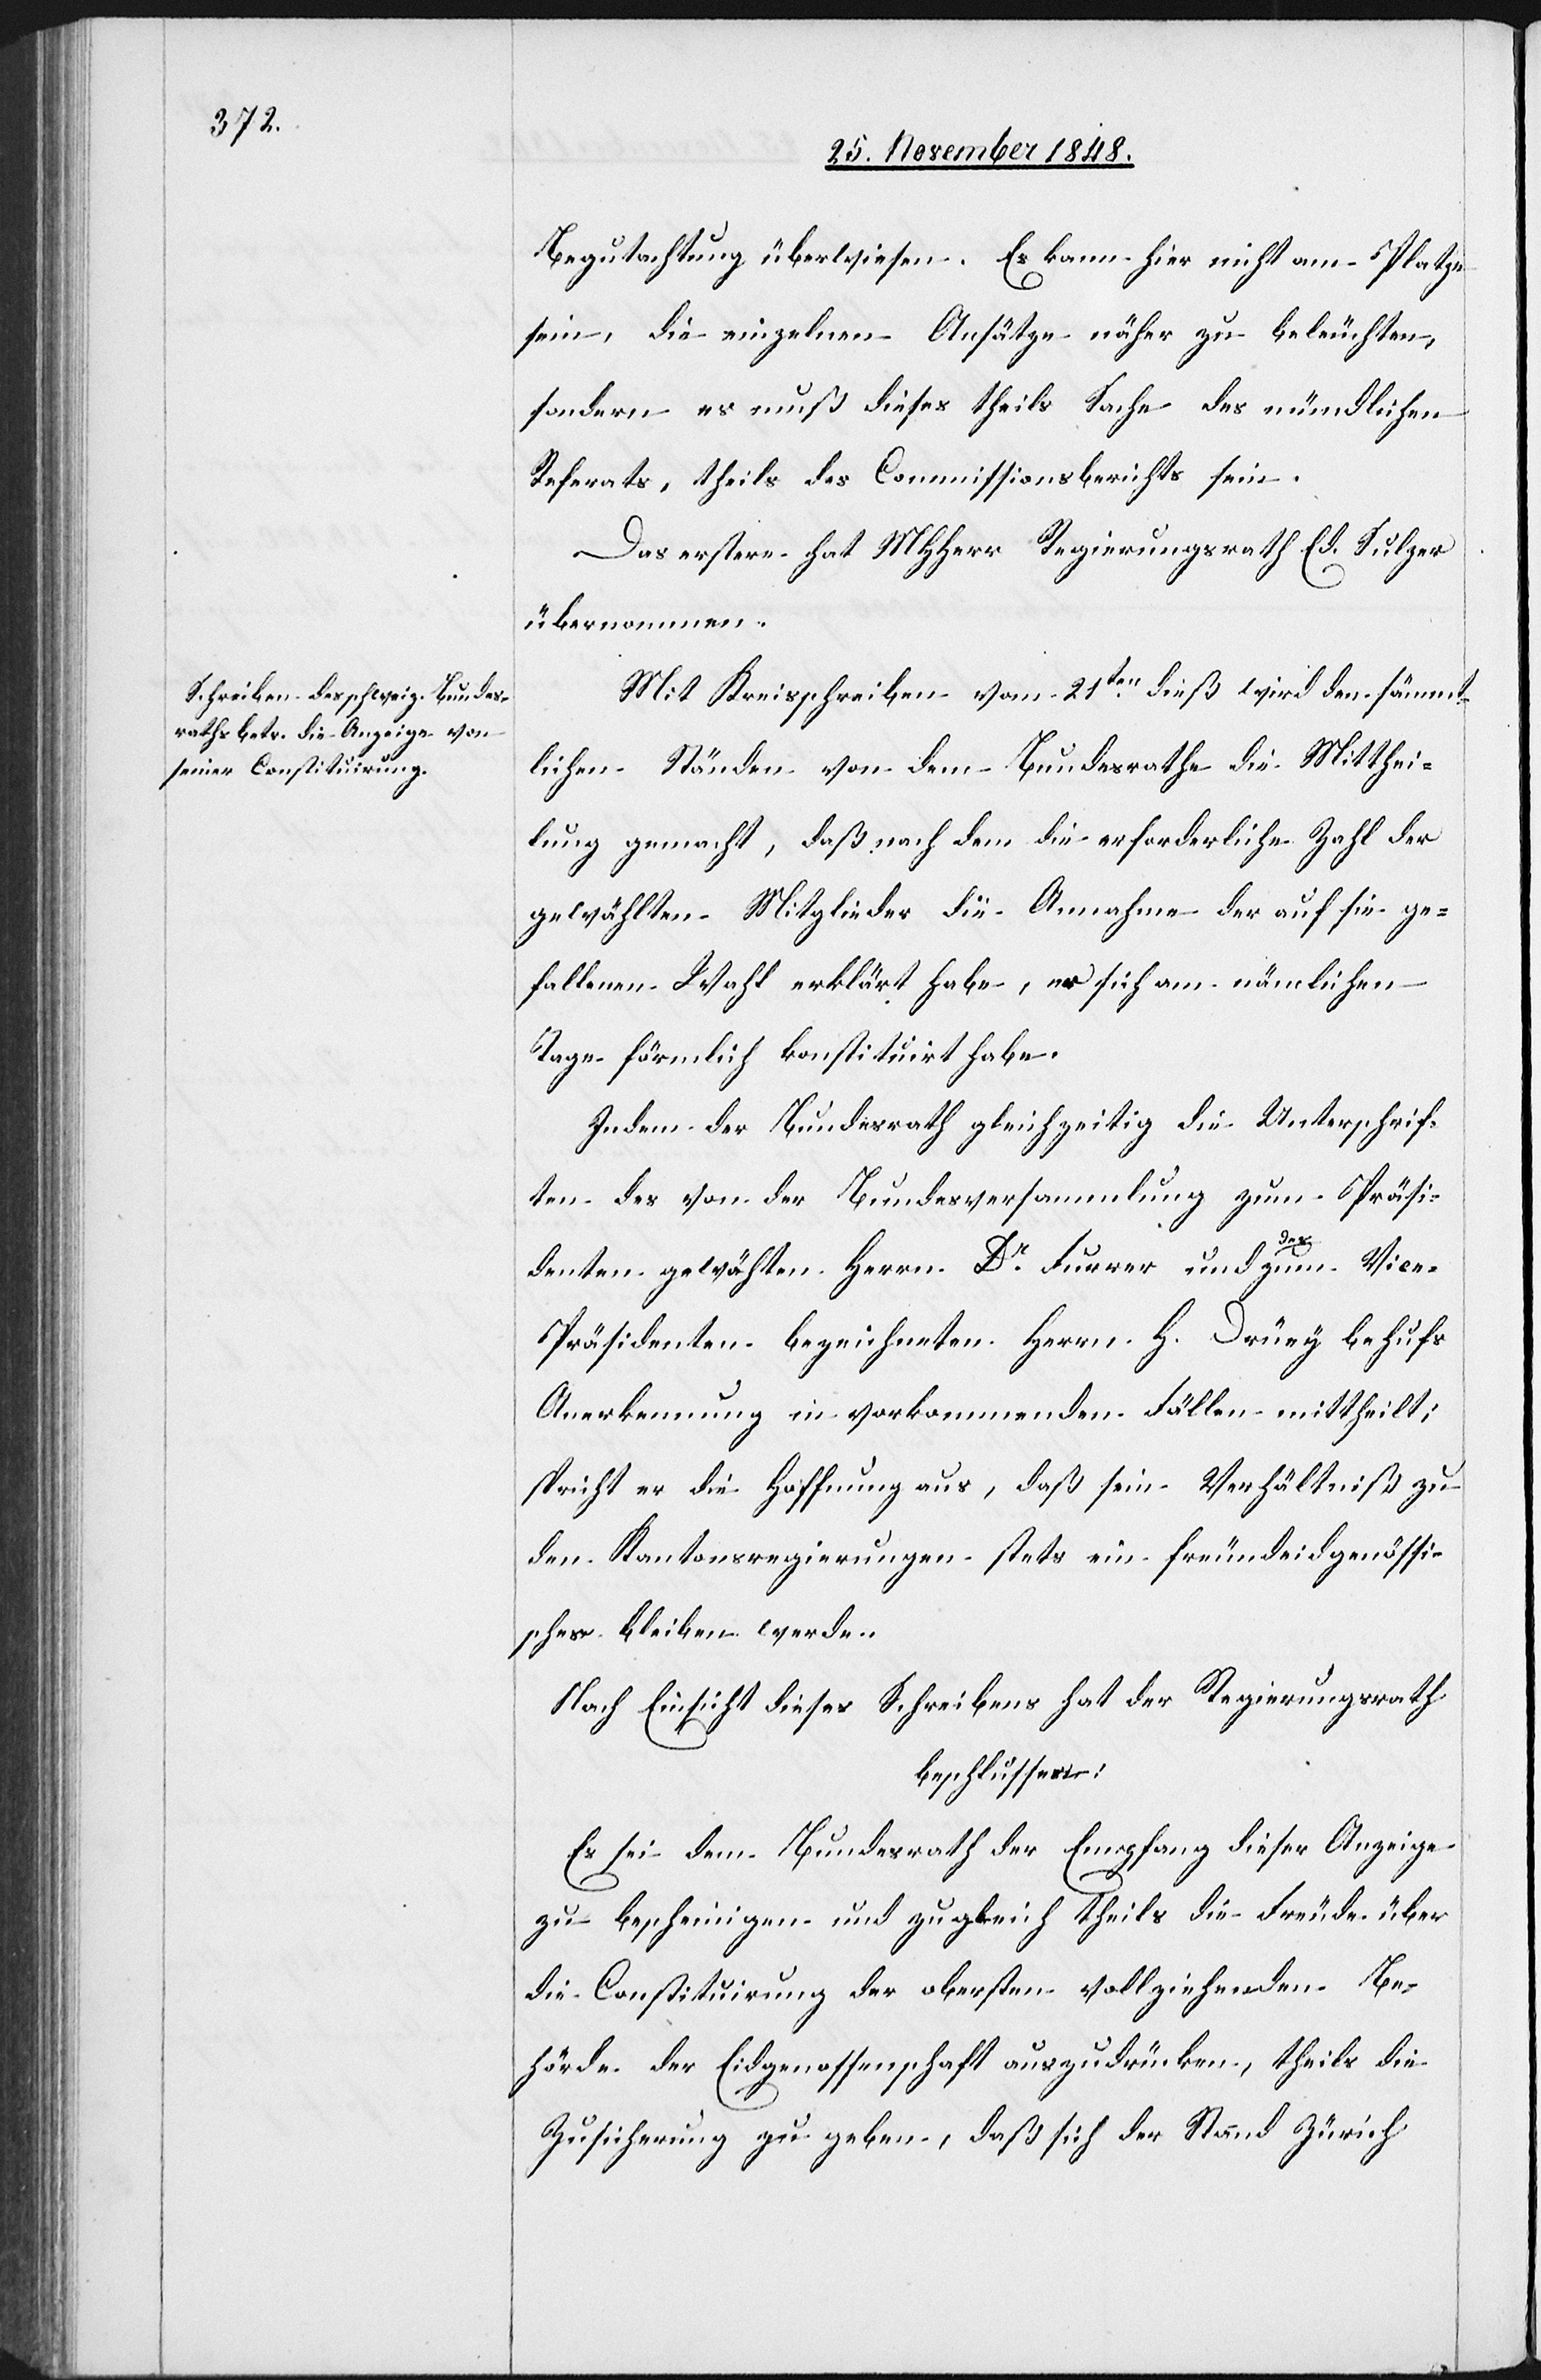
Begutachtung überwiesen. Es kann hier nicht am Platze
sein, die einzelnen Ansätze näher zu beleuchten
sondern es muß dieses theils Sache des mündlichen
Referats, theils des Commissionsberichts sein.
Das erstere hat MHHerr Regierungsrath Ed. Sulzer
übernommen.
Mit Kreisschreiben vom 21ten dieß wird den sämmt¬
lichen Ständen von dem Bundesrathe die Mitthei¬
lung gemacht, daß nach dem die erforderliche Zahl der
gewählten Mitglieder die Annahme der auf sie ge¬
fallenen Wahl erklärt habe, er sich am nämlichen
Tage förmlich konstituirt habe.
In dem der Bundesrath gleichzeitig die Unterschrif¬
ten des von der Bundesversammlung zum Präsi¬
denten gewählten Herrn Dr Furrer und des zum Vic¬
e-Präsidenten bezeichneten Herrn H. Drüey behufs
Anerkennung in vorkommenden Fällen mittheilt;
spricht er die Hoffnung aus, daß sein Verhältniß zu
den Kantonsregierungen stets ein freundeidgenössi¬
sches bleiben werde.
Nach Einsicht dieses Schreibens hat der Regierungsrath
beschlussen:
Es sei dem Bundesrath der Empfang dieser Anzeige
zu bescheinigen und zugleich theils die Freude über
die Consituirung der obersten vollziehenden Be¬
hörde der Eidgenossenschaft auszudrücken, theils die
Zusicherung zu geben, daß sich der Stand Zürich